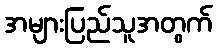
အများပြည်သူအတွက်